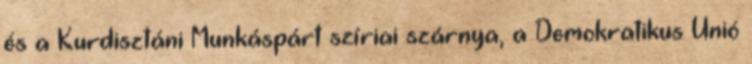
és a Kurdisztáni Munkáspárt szíriai szárnya, a Demokratikus Unió